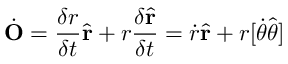
{ \dot { \mathbf { O } } } = { \frac { \delta r } { \delta t } } { \hat { \mathbf { r } } } + r { \frac { \delta { \hat { \mathbf { r } } } } { \delta t } } = { \dot { r } } { \hat { \mathbf { r } } } + r [ { \dot { \theta } } { \hat { \boldsymbol { \theta } } } ]